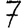
Digit: 7